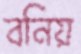
বনিয়